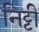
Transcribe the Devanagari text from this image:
निट्टी